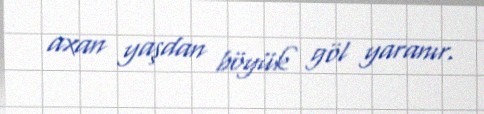
axan yaşdan böyük göl yaranır.